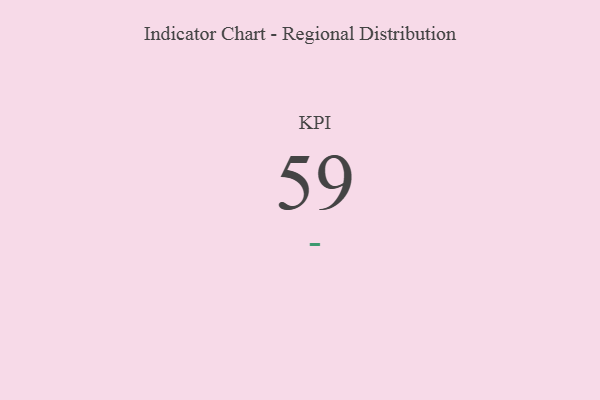
{"axis": {"x": "KPI", "y": "Value"}, "legend": [""], "data": [{"x": "KPI", "y": 59, "type": ""}]}